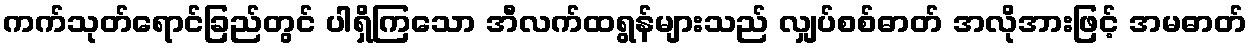
ကက်သုတ်ရောင်ခြည်တွင် ပါရှိကြသော အီလက်ထရွန်များသည် လျှပ်စစ်ဓာတ် အလိုအားဖြင့် အမဓာတ်